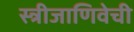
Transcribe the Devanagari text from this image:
स्त्रीजाणिवेची